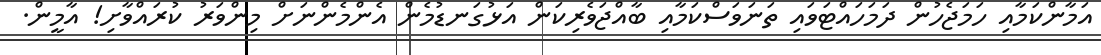
އަމާންކަމާއި ހަމަޖެހުން ދަމަހައްޓަވައި ތަނަވަސްކަމާއި ބާއްޖަވެރިކަން އަޅުގަނޑުމެން އެންމެންނަށް މިންވަރު ކުރައްވާށި! އާމީން.